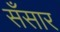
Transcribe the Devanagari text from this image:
सँसार